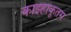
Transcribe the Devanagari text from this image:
काझ्हाकूतम